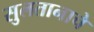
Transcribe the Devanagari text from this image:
सुलतानाचे